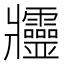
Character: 𤖥